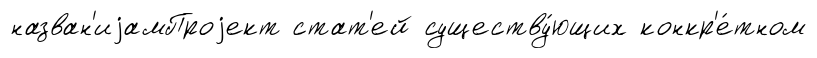
назван'иjамПроjект стат'ей существу́ющих конкр'е́тном